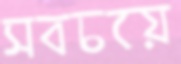
সবচয়ে